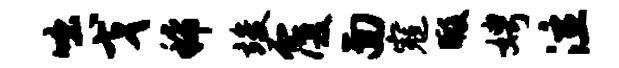
咄戈稀竣覆面寇暇娉泣